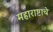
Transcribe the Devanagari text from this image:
महाराष्टाचे